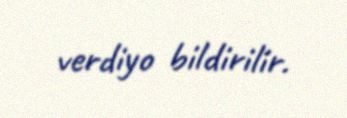
verdiyo bildirilir.